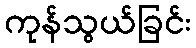
ကုန်သွယ်ခြင်း